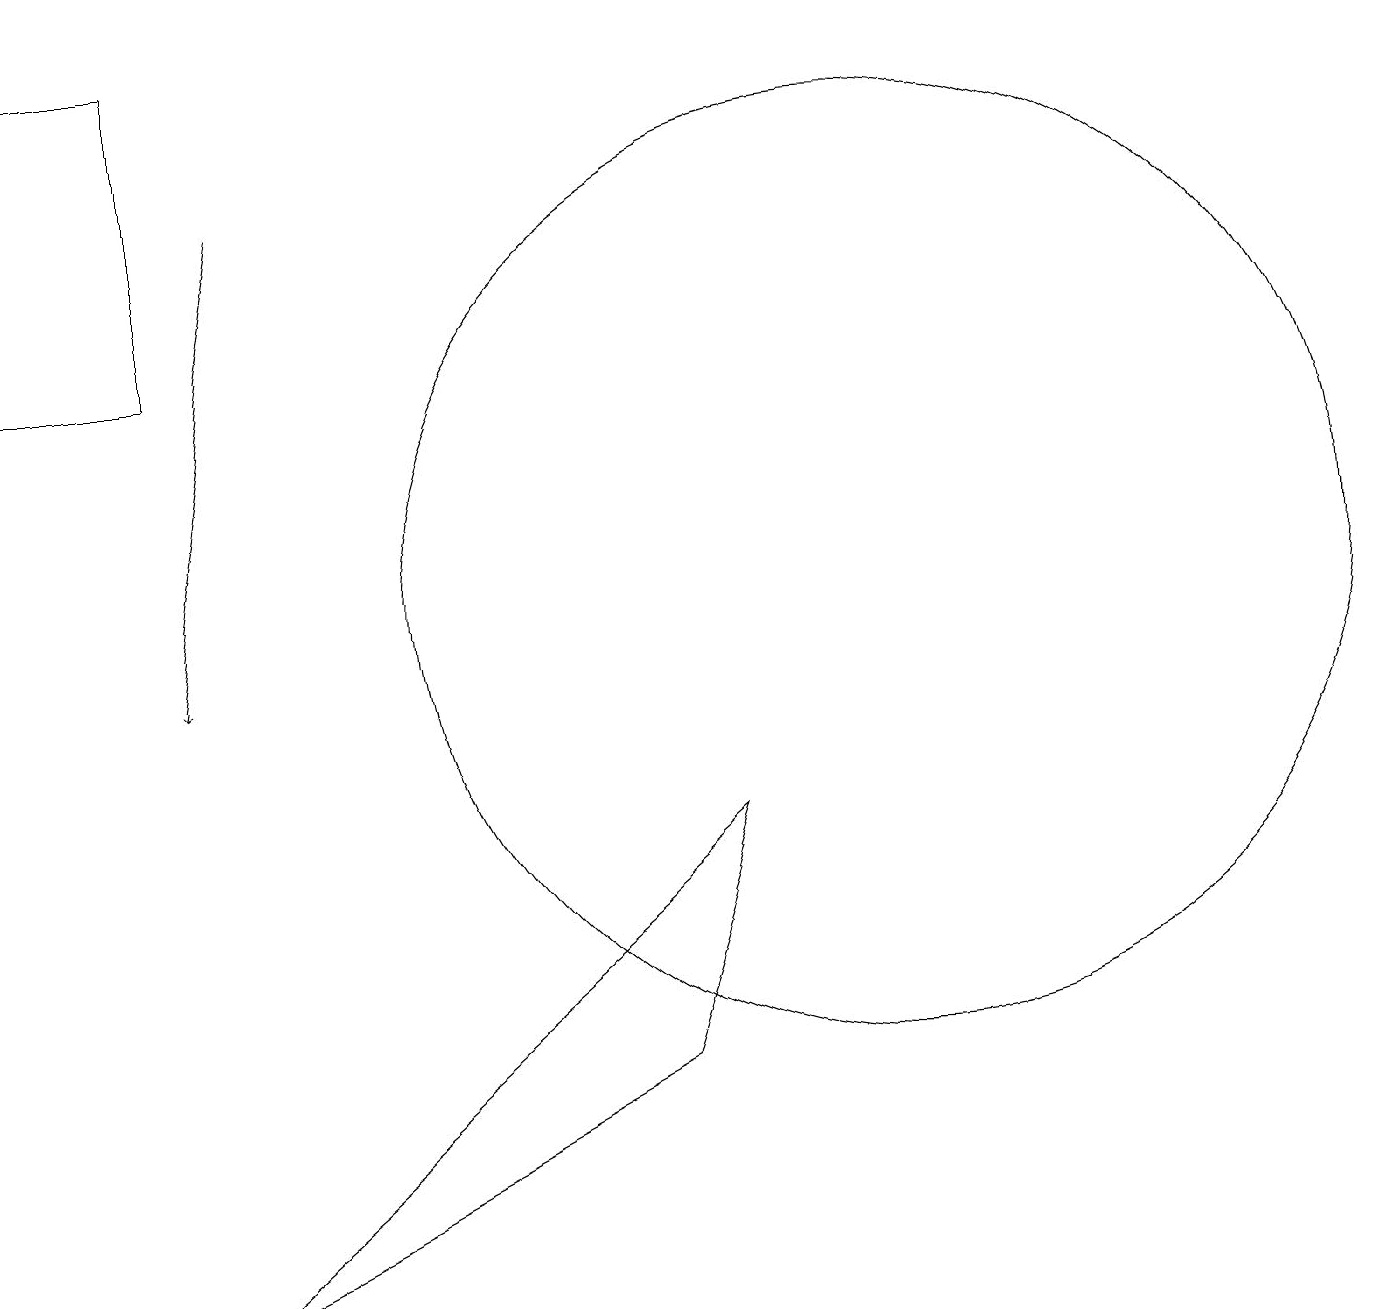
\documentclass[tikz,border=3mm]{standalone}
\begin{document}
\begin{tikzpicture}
\draw (2,2) -- (9,8) -- (8,5) -- cycle;
\draw (11,11) circle (6);
\draw[->] (3,16) -- (2,10);
\draw (0,14) rectangle (2,18);
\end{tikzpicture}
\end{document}